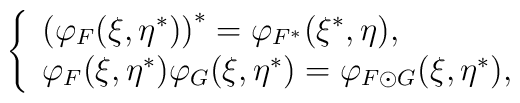
\left\{ \begin{array}{l}\left( \varphi _F(\xi ,\eta ^{*})\right) ^{*}=\varphi _{F^{*}}(\xi ^{*},\eta), \\ \varphi _F(\xi ,\eta ^{*})\varphi _G(\xi ,\eta ^{*})=\varphi _{F\odot G}(\xi,\eta ^{*}),\end{array}\right.